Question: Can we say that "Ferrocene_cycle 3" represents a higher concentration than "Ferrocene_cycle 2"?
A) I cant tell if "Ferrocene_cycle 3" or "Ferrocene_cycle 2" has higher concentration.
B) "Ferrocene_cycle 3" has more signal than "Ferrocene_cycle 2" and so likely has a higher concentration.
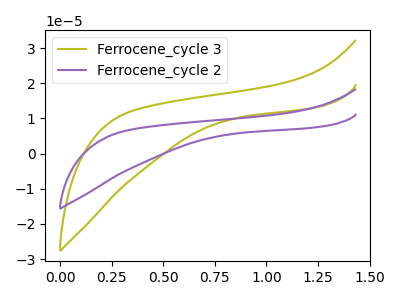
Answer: <think>The olive curve "Ferrocene_cycle 3" has no peaks. The purple curve "Ferrocene_cycle 2" has no peaks.
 Neither "Ferrocene_cycle 3" or "Ferrocene_cycle 2" have any peaks.</think>
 <answer>A) I cant tell if "Ferrocene_cycle 3" or "Ferrocene_cycle 2" has higher concentration.</answer>
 <eval>A</eval>